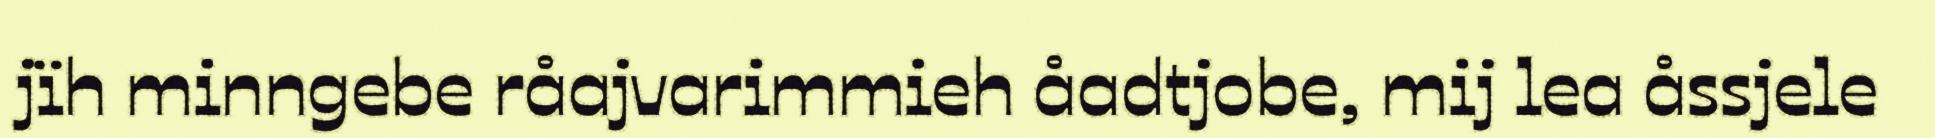
jïh minngebe råajvarimmieh åadtjobe, mij lea åssjele